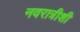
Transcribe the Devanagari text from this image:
नवरात्रीशी